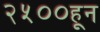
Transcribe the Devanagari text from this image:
२५००हून